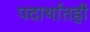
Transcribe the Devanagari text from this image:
पदार्थातही